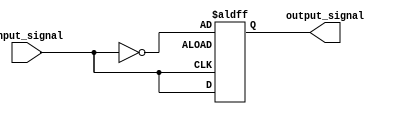
module Voltage_Level_Shifter (
    input wire input_signal,
    output wire output_signal
);

// Input and output buffers
reg input_buffer;
wire output_buffer;

// Level shifting logic
assign output_buffer = input_buffer;

// Control signals
reg control_signal;

always @(posedge control_signal or negedge input_signal) begin
    if (control_signal == 1'b0) begin
        input_buffer <= input_signal;
    end else begin
        input_buffer <= ~input_signal;
    end
end

assign output_signal = output_buffer;

endmodule